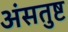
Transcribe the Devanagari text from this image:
अंसतुष्ट